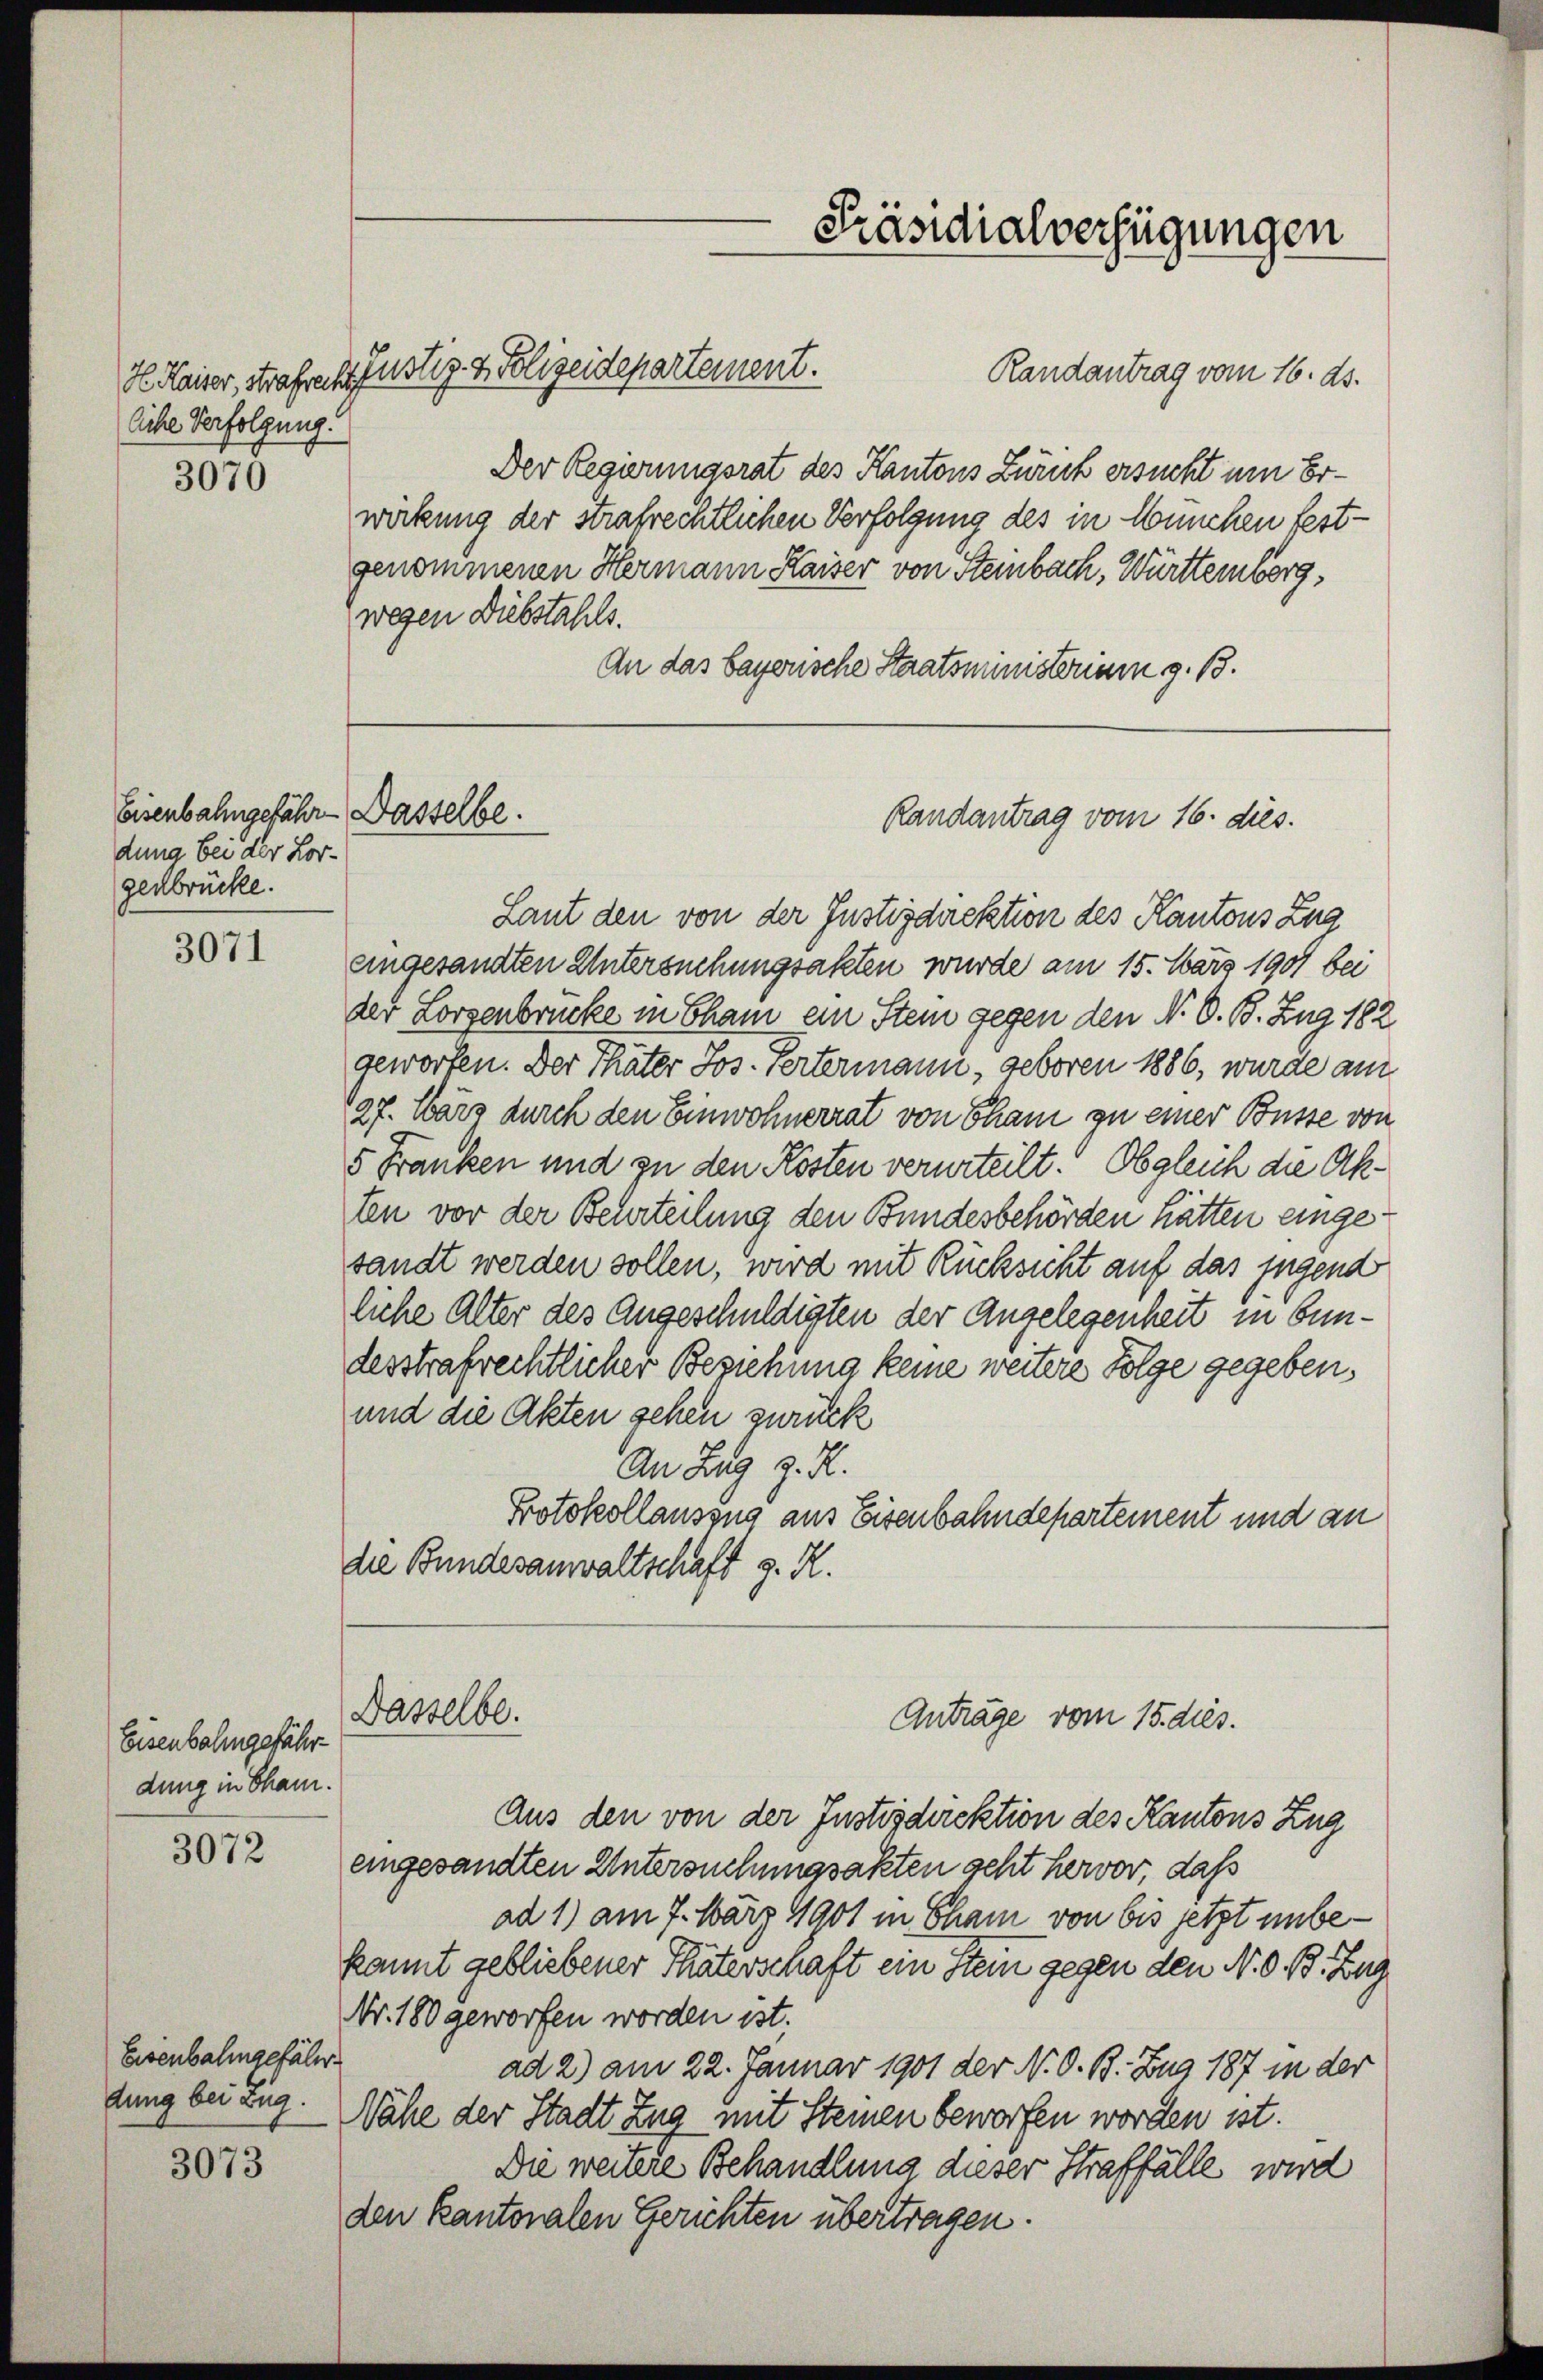
liche Verfolgung.

3070

Eisenbahngefähr - Dasselbe.
dung bei der Lorgesbrücke.

3071

Eisenbahngefähr
dung in Cham.

3072

Eisenbalingefähr.
dung bei Zug.

3073

Dasselbe.

Präsidialverfügungen

H. Kaiser, Strafrech Justiz- & Polizeidepartement.
Randantrag vom 16. ds.
Der Regierungsrat des Kantons Zürich ersucht um Erwirkung der strafrechtlichen Verfolgung des in München festgenommenen Hermann Kaiser von Steinbach, Württemberg,
wegen Diebstahls.
An das bayerische Staatsministerium g. 13.

Laut den von der Instizdirektion des Kantons Zug
eingesandten Untersuchungsakten wurde am 15. März 1901 bei
der Lorzenbrücke in Cham ein Stein gegen den N. O. B. Zug 182
geworfen. Der Thäter Jos. vertermann, geboren 1886, wurde am
127. März durch den Einwohnerrat von Cham zu einer Büsse von
5 Franken und zu den Kosten verurteilt. Obgleich die Akten vor der Beurteilung den Bundesbehörden hätten eingesandt werden sollen, wird mit Rücksicht auf das jugend
liche Alter des Angeschuldigten der Angelegenheit in Bundesstrafrechtlicher Beziehung keine weitere Folge gegeben,
und die Akten sehen zurück
An Zug z. R.
Protokollauszug aus Eisenbahndepartement und an
die Bundesanwaltschaft z. R.

Randantrag vom 16. dies.

Anträge vom 15. dies.

Aus den von der Instizdirektion des Kantons Zug
eingesandten Untersuchungsakten geht hervor, dass
ad 1) am 7. März 1901 in Cham von bis jetzt unbekannt gebliebener Thäterschaft ein Stein gegen den N. O. B. Zug
Nr. 180 geworfen worden ist.
ad 2) am 22. Januar 1901 der N. O. B. Zug 187 in der
Nähe der Stadt Zug mit Steinen beworfen worden ist.
Die weitere Behandlung dieser Straffälle wird
den kantonalen Gerichten übertragen.